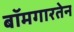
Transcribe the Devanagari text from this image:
बॉमगारतेन